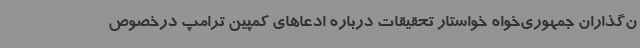
ن‌گذاران جمهوری‌خواه خواستار تحقیقات درباره ادعاهای کمپین ترامپ درخصوص